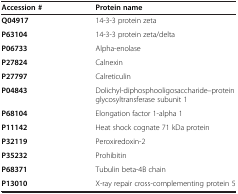
| Accession # | Protein name |
 | --- | --- |
 | Q04917 | 14-3-3 protein zeta |
 | P63104 | 14-3-3 protein zeta/delta |
 | P06733 | Alpha-enolase |
 | P27824 | Calnexin |
 | P27797 | Calreticulin |
 | P04843 | Dolichyl-diphosphooligosaccharide--protein glycosyltransferase subunit 1 |
 | P68104 | Elongation factor 1-alpha 1 |
 | P11142 | Heat shock cognate 71 kDa protein |
 | P32119 | Peroxiredoxin-2 |
 | P35232 | Prohibitin |
 | P68371 | Tubulin beta-4B chain |
 | P13010 | X-ray repair cross-complementing protein 5 |